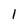
Character: l